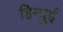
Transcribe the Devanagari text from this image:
हिन्दुई